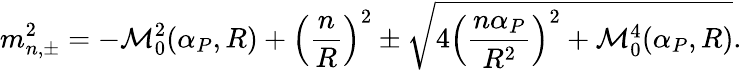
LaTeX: m_{n,\pm}^{2}=-{\cal M}_{0}^{2}(\alpha_{P},R)+\left(\frac{n}{R}\right)^{2}\pm\sqrt{4\left(\frac{n\alpha_{P}}{R^{2}}\right)^{2}+{\cal M}_{0}^{4}(\alpha_{P},R)}.